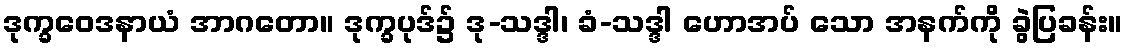
ဒုက္ခဝေဒနာယံ အာဂတော။ ဒုက္ခပုဒ်၌ ဒု-သဒ္ဒါ၊ ခံ-သဒ္ဒါ ဟောအပ် သော အနက်ကို ခွဲပြခန်း။